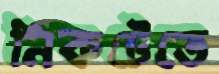
নিকটেতে